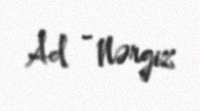
Ad - Nərgiz